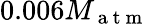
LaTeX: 0.006M_{\mathrm{~a~t~m~}}